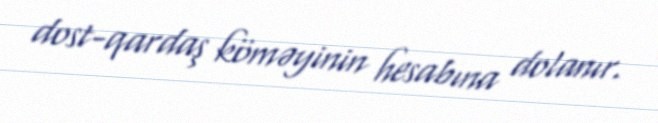
dost-qardaş köməyinin hesabına dolanır.